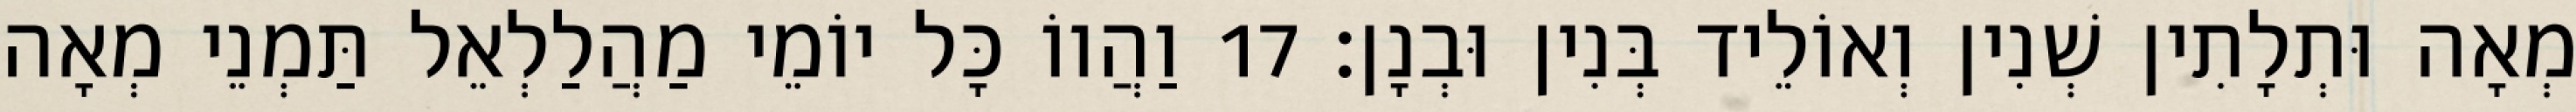
מְאָה וּתְלָתִין שְׁנִין וְאוֹלֵיד בְּנִין וּבְנָן׃ 17 וַהֲווֹ כָּל יוֹמֵי מַהֲלַלְאֵל תַּמְנֵי מְאָה